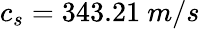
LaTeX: c_{s}=343.21~m/s